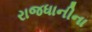
રાજધાનીના